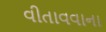
વીતાવવાના